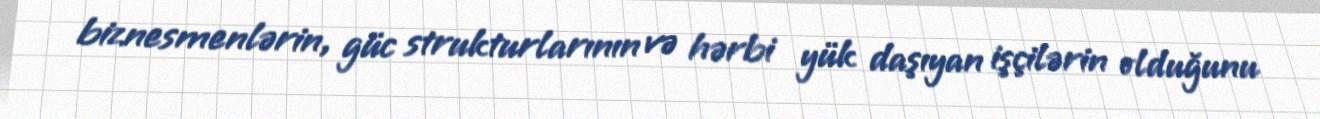
biznesmenlərin, güc strukturlarının və hərbi yük daşıyan işçilərin olduğunu